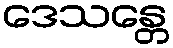
ဒေသန္တေ